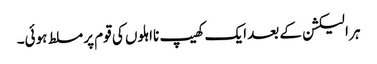
ہر الیکشن کے بعد ایک کھیپ نااہلوں کی قوم پر مسلط ہوئی۔